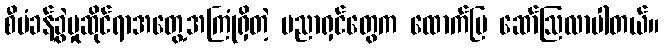
စီမံခန့်ခွဲမှုဆိုင်ရာအတွေ့အကြုံရှိတဲ့ ပညာရှင်တွေက ထောက်ပြ ဆော်ဩလာပါတယ်။